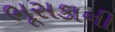
ભૂસકાની